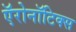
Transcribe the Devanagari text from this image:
ऍरोनॉटिक्स